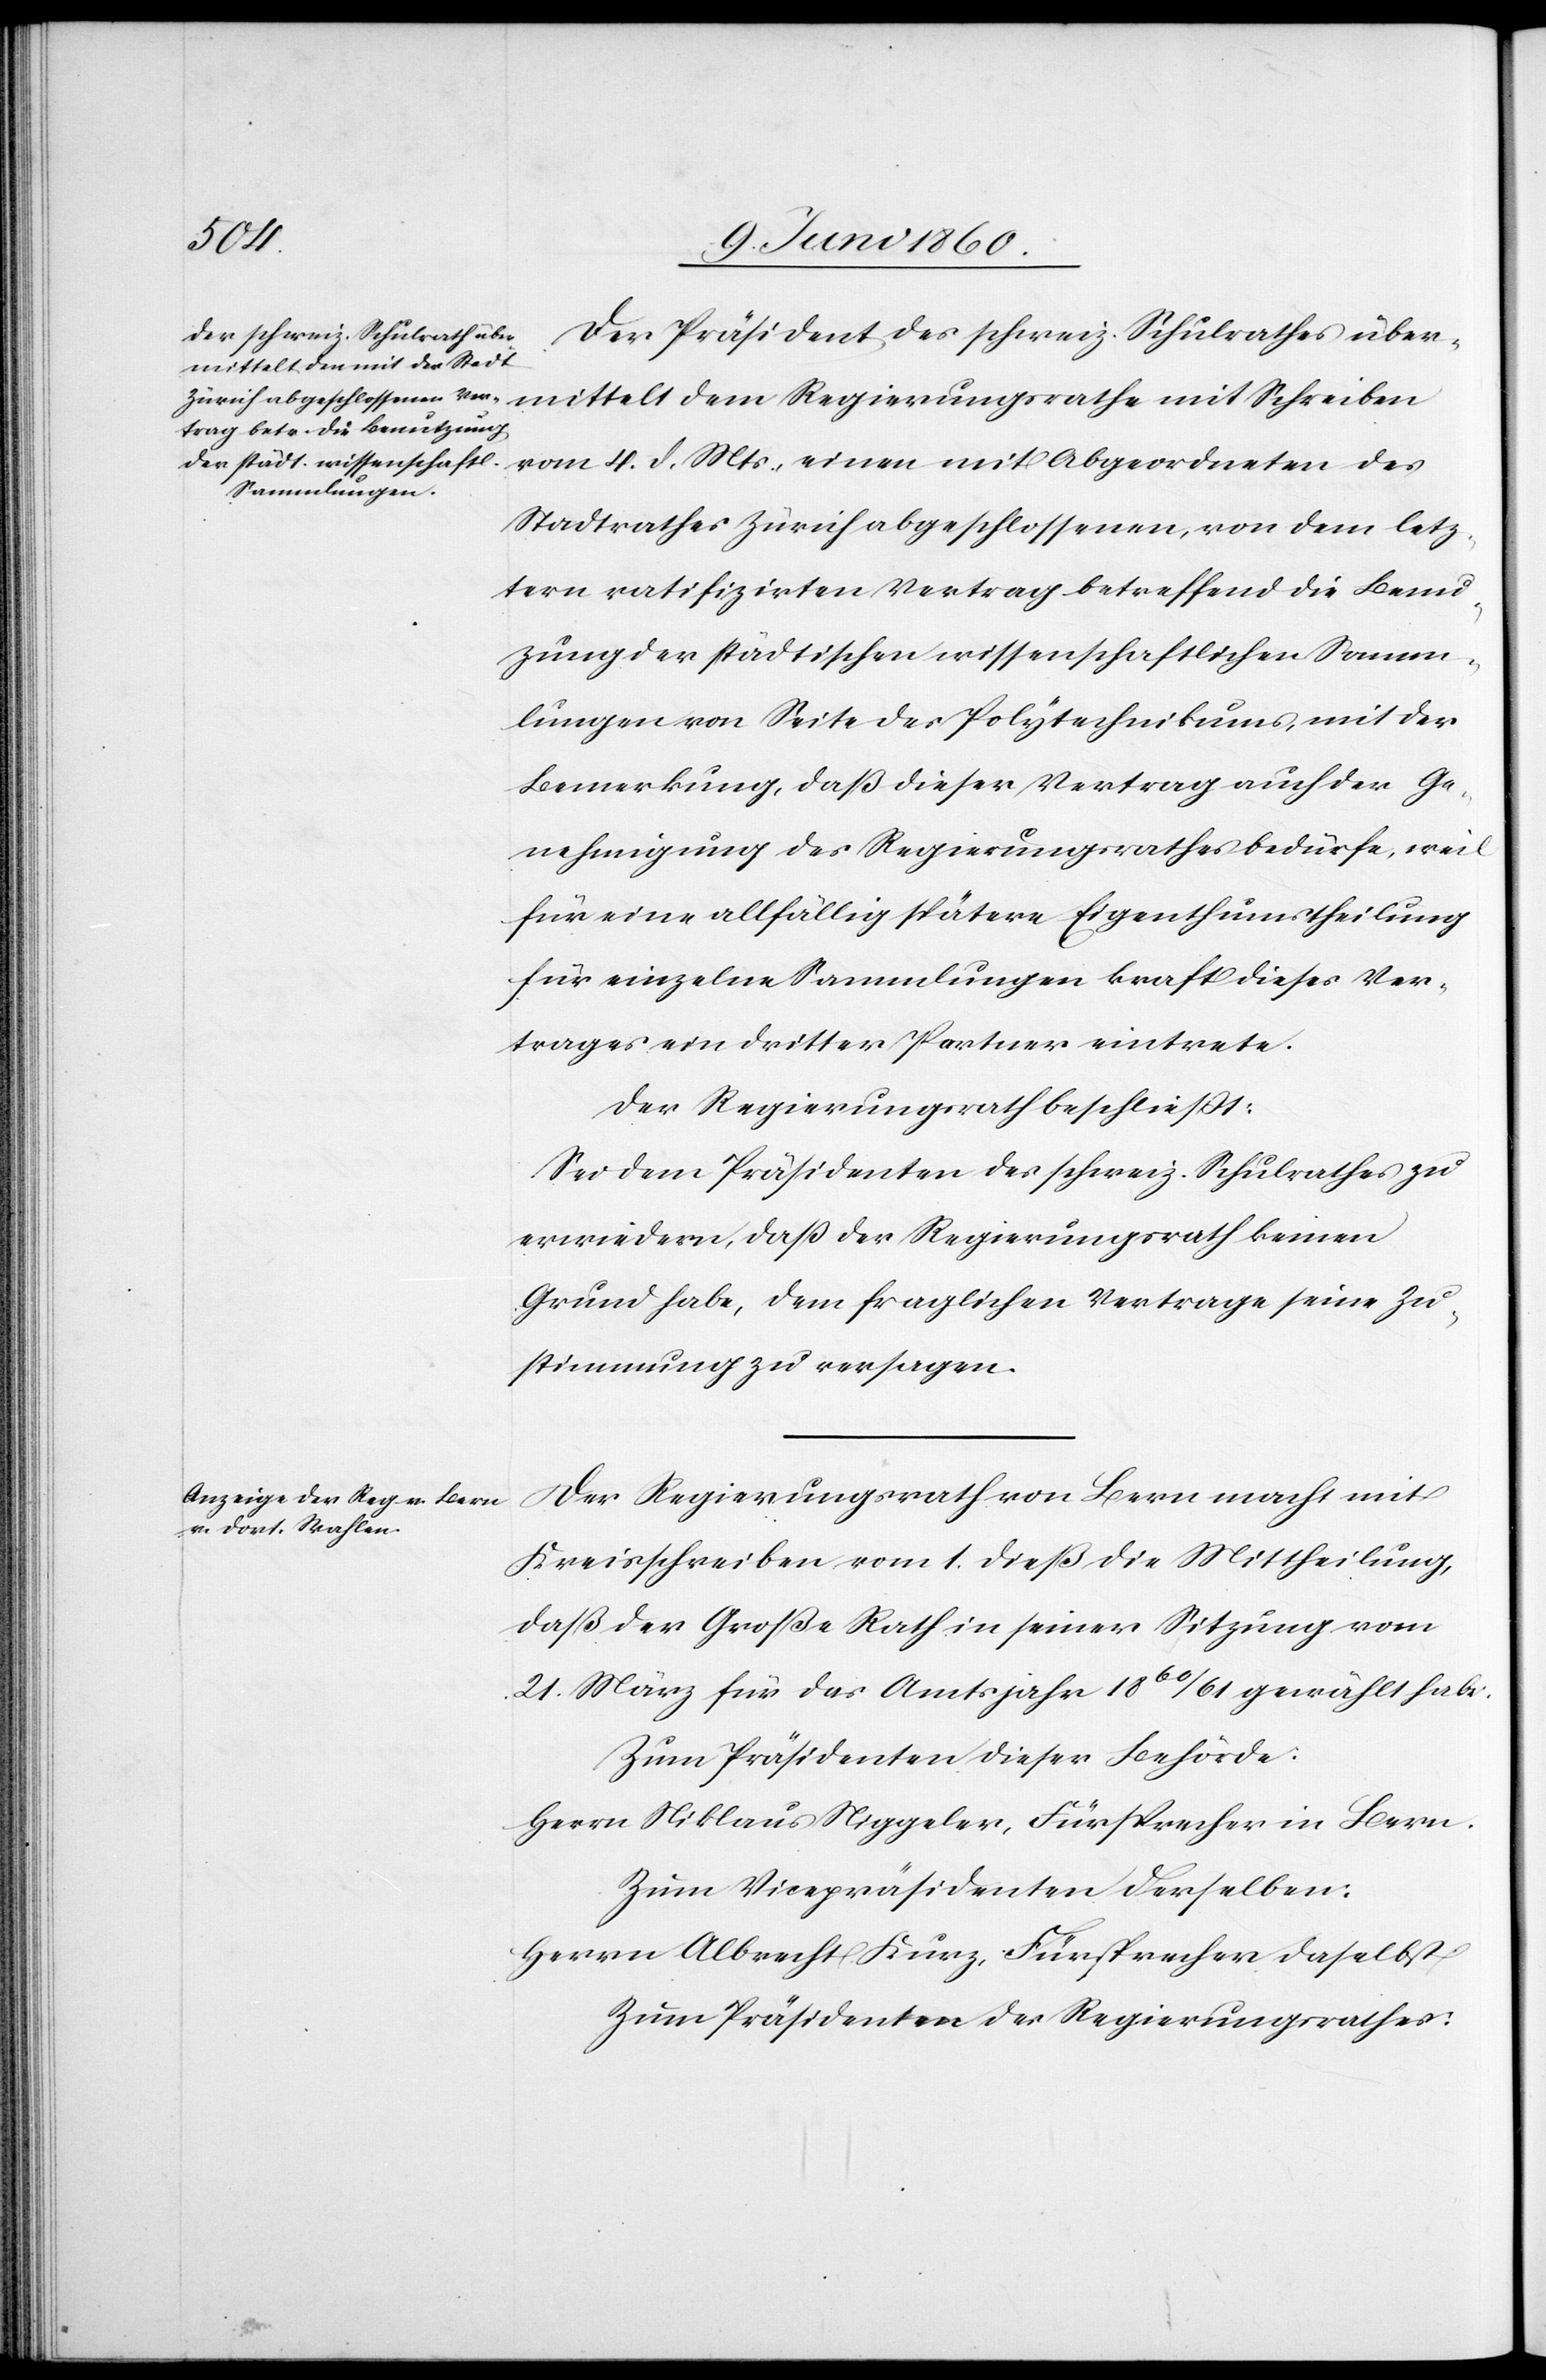
des
Der Präsident des schweiz. Schulrathes über¬
Stadtrathes Zürich abgeschlossenen, von dem letz¬
tern ratifizirten Vertrag betreffend die Benut¬
zung der städtischen wissenschaftlichen Samm¬
lungen von Seite des Polytechnikums, mit der
Bemerkung, daß dieser Vertrag auch der Ge¬
nehmigung des Regierungsrathes bedürfe, weil
für eine allfällige spätere Eigenthumstheilung
für einzelne Sammlungen kraft dieses Ver¬
trages ein dritter Partner eintrete.
Der Regierungsrath beschliesst:
Sei dem Präsidenten des schweiz. Schulrathes zu
erwiedern, dass der Regierungsrath keinen
Grund habe, dem fraglichen Vertrage seine Zu¬
stimmung zu versagen.
Der Regierungsrath von Bern macht mit
Kreisschreiben vom 1. dieß die Mittheilung,
daß der Große Rath in seiner Sitzung vom
21. März für das Amtsjahr 1860/61 gewählt habe:
Zum Präsidenten dieser Behörde:
Herrn Niklaus Niggeler, Fürsprech in Bern.
Zum Vicepräsidenten Derselben:
Herrn Albrecht Kunz, Fürsprech daselbst.
Zum Präsidenten des Regierungsrathes: